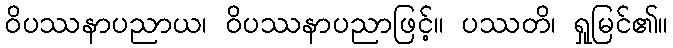
ဝိပဿနာပညာယ၊ ဝိပဿနာပညာဖြင့်။ ပဿတိ၊ ရှုမြင်၏။